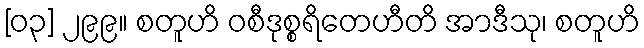
[၀၃] ၂၉၉။ စတူဟိ ဝစီဒုစ္စရိတေဟီတိ အာဒီသု၊ စတူဟိ